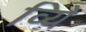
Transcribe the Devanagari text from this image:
व्यिे